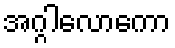
အဂ္ဂါလောကော